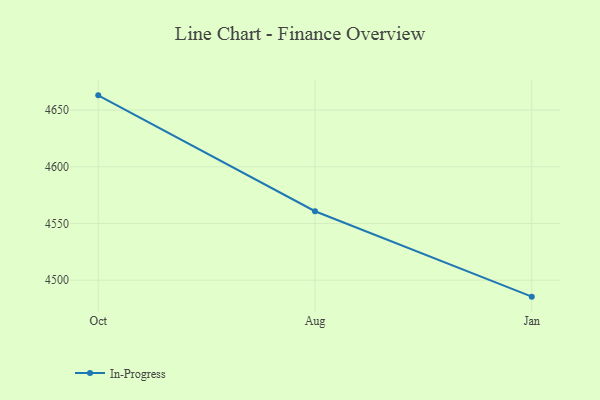
{"axis": {"x": "Month", "y": "Conversion Rate (%)"}, "legend": ["In-Progress"], "data": [{"x": "Oct", "y": 4663.0, "type": "In-Progress"}, {"x": "Aug", "y": 4560.8, "type": "In-Progress"}, {"x": "Jan", "y": 4485.5, "type": "In-Progress"}]}